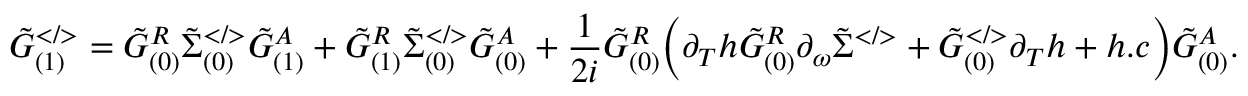
\tilde { G } _ { ( 1 ) } ^ { < / > } = \tilde { G } _ { ( 0 ) } ^ { R } \tilde { \Sigma } _ { ( 0 ) } ^ { < / > } \tilde { G } _ { ( 1 ) } ^ { A } + \tilde { G } _ { ( 1 ) } ^ { R } \tilde { \Sigma } _ { ( 0 ) } ^ { < / > } \tilde { G } _ { ( 0 ) } ^ { A } + \frac { 1 } { 2 i } \tilde { G } _ { ( 0 ) } ^ { R } \Big ( \partial _ { T } h \tilde { G } _ { ( 0 ) } ^ { R } \partial _ { \omega } \tilde { \Sigma } ^ { < / > } + \tilde { G } _ { ( 0 ) } ^ { < / > } \partial _ { T } h + h . c \Big ) \tilde { G } _ { ( 0 ) } ^ { A } .